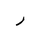
Letter: _ra